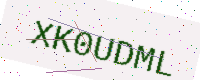
Text: XK0UDML